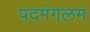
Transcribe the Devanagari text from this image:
पदमंगलम